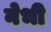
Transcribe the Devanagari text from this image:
नेभी